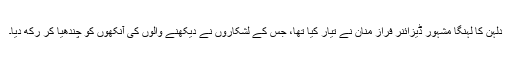
دلہن کا لہنگا مشہور ڈیزائنر فراز منان نے تیار کیا تھا، جس کے لشکاروں نے دیکھنے والوں کی آنکھوں کو چندھیا کر رکھ دیا۔